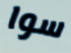
سوا